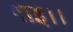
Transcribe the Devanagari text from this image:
पाइ।।